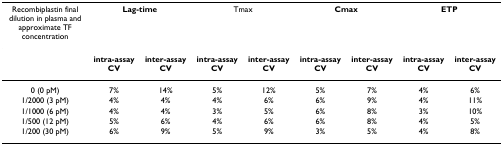
<table><thead><tr><td><b>Recombiplastin final dilution in plasma and approximate TF concentration</b></td><td colspan="2"><b>Lag-time</b></td><td colspan="2"><b>Tmax</b></td><td colspan="2"><b>Cmax</b></td><td colspan="2"><b>ETP</b></td></tr></thead><tbody><tr><td></td><td><b>intra-assay CV</b></td><td><b>inter-assay CV</b></td><td><b>intra-assay CV</b></td><td><b>inter-assay CV</b></td><td><b>intra-assay CV</b></td><td><b>inter-assay CV</b></td><td><b>intra-assay CV</b></td><td><b>inter-assay CV</b></td></tr><tr><td>0 (0 pM)</td><td>7%</td><td>14%</td><td>5%</td><td>12%</td><td>5%</td><td>7%</td><td>4%</td><td>6%</td></tr><tr><td>1/2000 (3 pM)</td><td>4%</td><td>4%</td><td>4%</td><td>6%</td><td>6%</td><td>9%</td><td>4%</td><td>11%</td></tr><tr><td>1/1000 (6 pM)</td><td>4%</td><td>4%</td><td>3%</td><td>5%</td><td>6%</td><td>8%</td><td>3%</td><td>10%</td></tr><tr><td>1/500 (12 pM)</td><td>5%</td><td>6%</td><td>4%</td><td>6%</td><td>6%</td><td>8%</td><td>4%</td><td>5%</td></tr><tr><td>1/200 (30 pM)</td><td>6%</td><td>9%</td><td>5%</td><td>9%</td><td>3%</td><td>5%</td><td>4%</td><td>8%</td></tr></tbody></table>